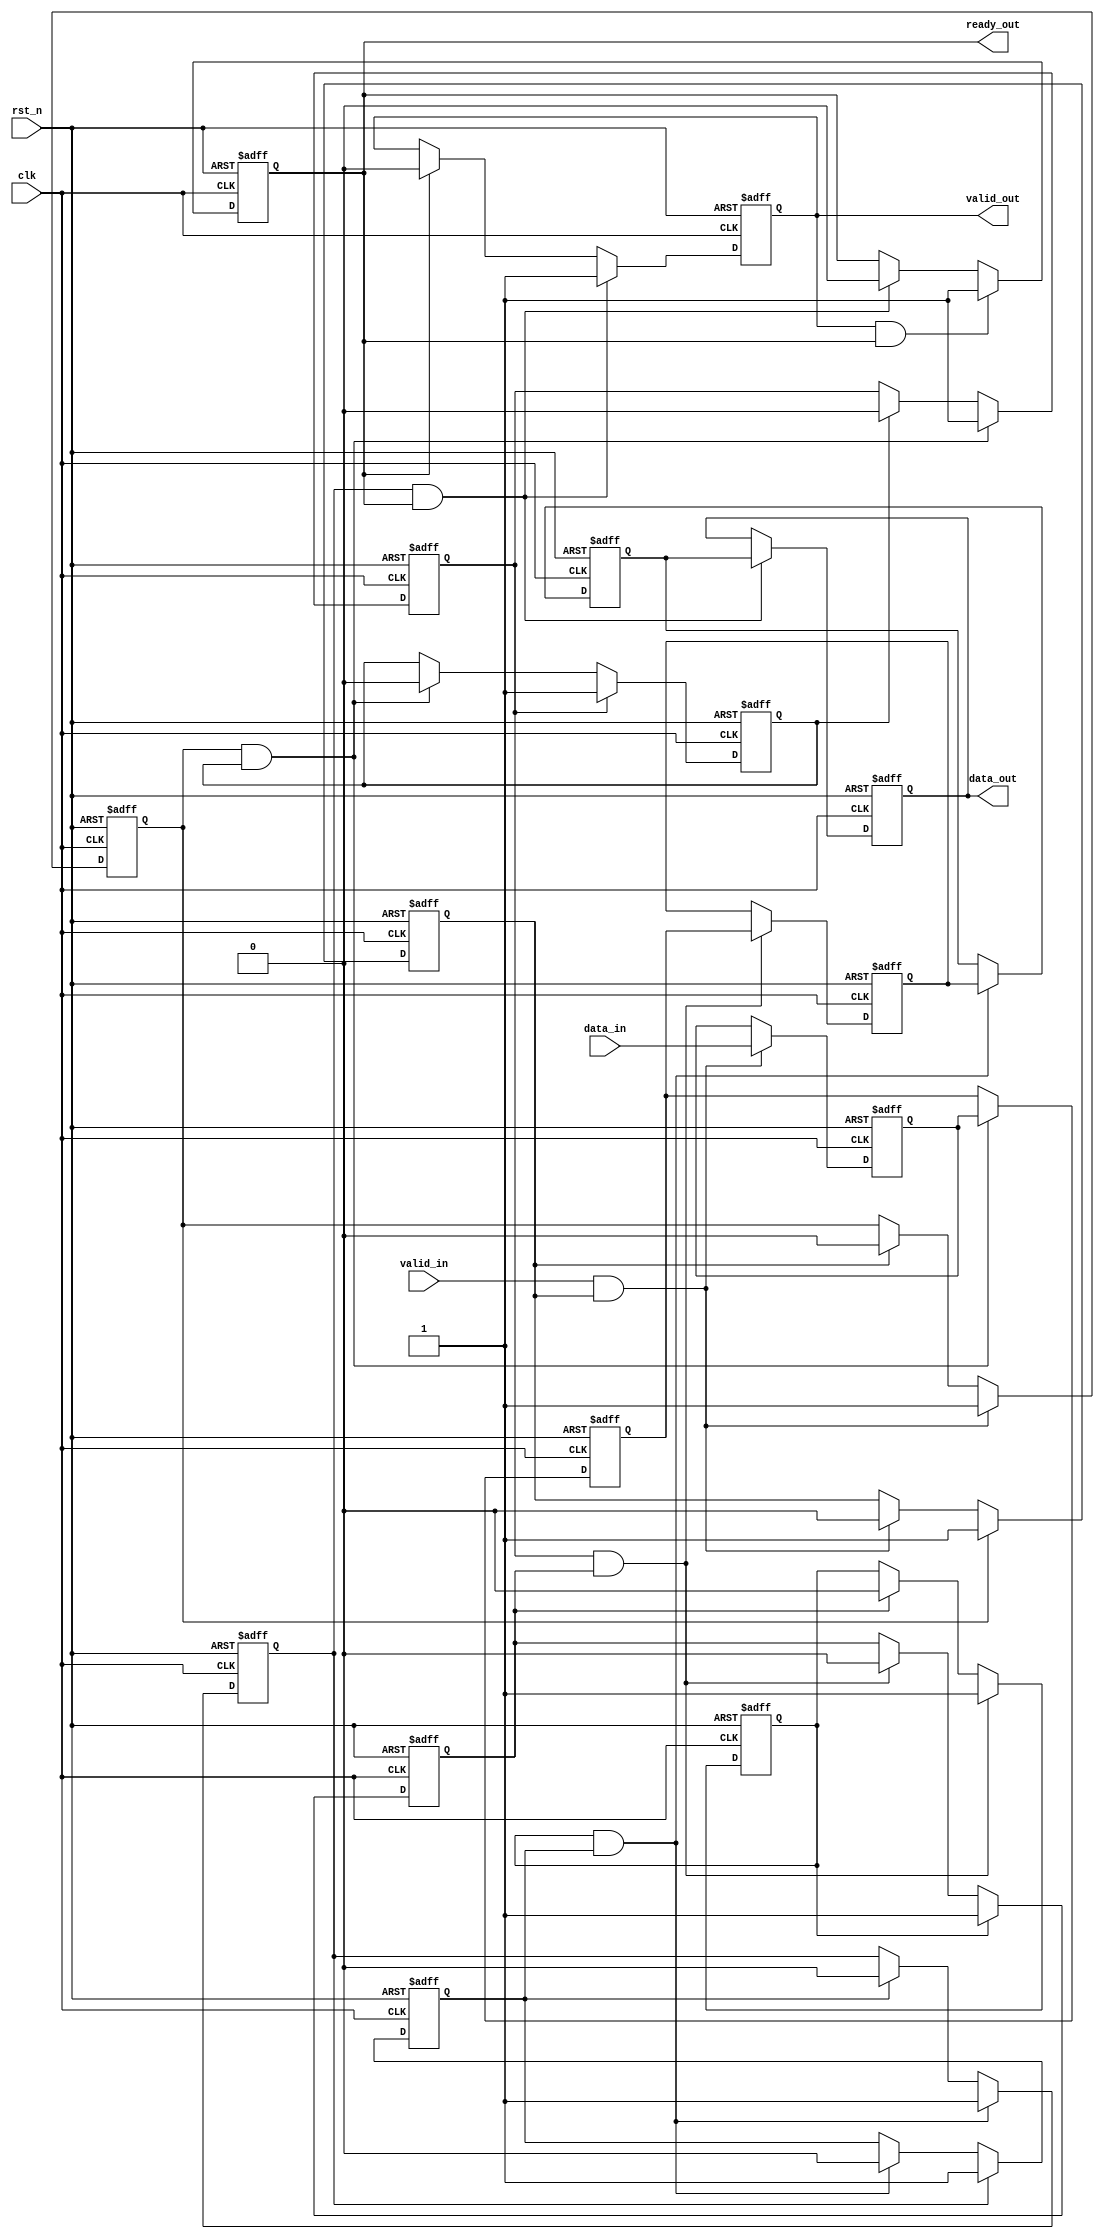
module MemoryBlocksPipelineSynchronizer #(
    parameter DATA_WIDTH = 32,
    parameter NUM_STAGES = 4
)(
    input wire clk,                      // Clock for the pipeline
    input wire rst_n,                    // Active-low reset
    input wire [DATA_WIDTH-1:0] data_in, // Input data
    input wire valid_in,                 // Input valid signal
    output reg ready_out,                // Output ready signal
    output reg [DATA_WIDTH-1:0] data_out, // Output data
    output reg valid_out                  // Output valid signal
);

    // Pipeline registers
    reg [DATA_WIDTH-1:0] data_reg [0:NUM_STAGES-1];
    reg valid_reg [0:NUM_STAGES-1];

    // Handshaking signals
    reg ready [0:NUM_STAGES-1];

    // Control logic for pipeline stages
    integer i;

    always @(posedge clk or negedge rst_n) begin
        if (!rst_n) begin
            // Reset all pipeline registers and signals
            for (i = 0; i < NUM_STAGES; i = i + 1) begin
                data_reg[i] <= 0;
                valid_reg[i] <= 0;
                ready[i] <= 1; // Initially ready
            end
            data_out <= 0;
            valid_out <= 0;
            ready_out <= 1;
        end else begin
            // Pipeline stage processing
            // Stage 0
            if (valid_in && ready[0]) begin
                data_reg[0] <= data_in;
                valid_reg[0] <= 1;
                ready[0] <= 0; // Not ready after receiving data
            end else if (ready[0]) begin
                valid_reg[0] <= 0; // No valid data
            end

            // Propagate through pipeline stages
            for (i = 1; i < NUM_STAGES; i = i + 1) begin
                if (valid_reg[i-1] && ready[i]) begin
                    data_reg[i] <= data_reg[i-1];
                    valid_reg[i] <= 1;
                    ready[i] <= 0; // Not ready after receiving data
                end else if (ready[i]) begin
                    valid_reg[i] <= 0; // No valid data
                end
            end

            // Output stage
            if (valid_reg[NUM_STAGES-1] && ready_out) begin
                data_out <= data_reg[NUM_STAGES-1];
                valid_out <= 1;
                ready_out <= 0; // Not ready after sending data
            end else if (ready_out) begin
                valid_out <= 0; // No valid output data
            end

            // Update ready signals
            for (i = 0; i < NUM_STAGES; i = i + 1) begin
                if (valid_reg[i]) begin
                    ready[i] <= 1; // Ready for next data if valid
                end
            end

            // Reset ready_out when data is consumed
            if (valid_out && ready_out) begin
                ready_out <= 1; // Ready for new output data
            end
        end
    end

endmodule